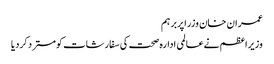
عمران خان وزراپربرہم
وزیراعظم نےعالمی ادارہ صحت کی سفارشات کومستردکردیا